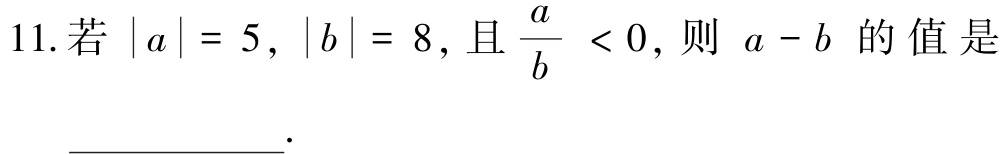
11.若\(\vert a\vert = 5\)，\(\vert b\vert = 8\)，且\(\dfrac{a}{b} < 0\)，则 \(a - b\) 的值是  .